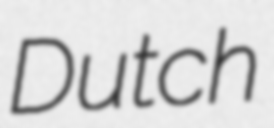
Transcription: Dutch